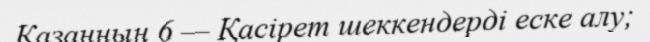
Қазанның 6 — Қасірет шеккендерді еске алу;